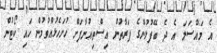
އެ މައްސަލަ އެ ދެ ބޭފުޅުންގެ ފަރާތުން އިސްތިއުނާފަށް ހުށަހެޅުއްވުމުން ހައި ކޯޓުން